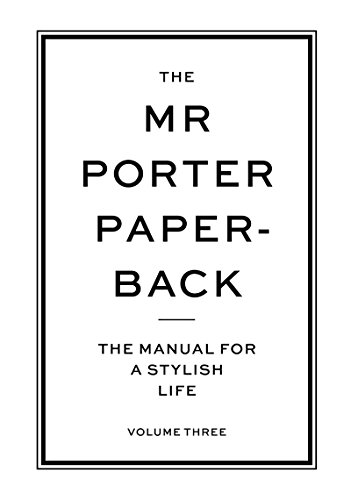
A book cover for The Mr Porter Paperback: The Manual for a Stylish Life (Vol. 3); Health, Fitness & Dieting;